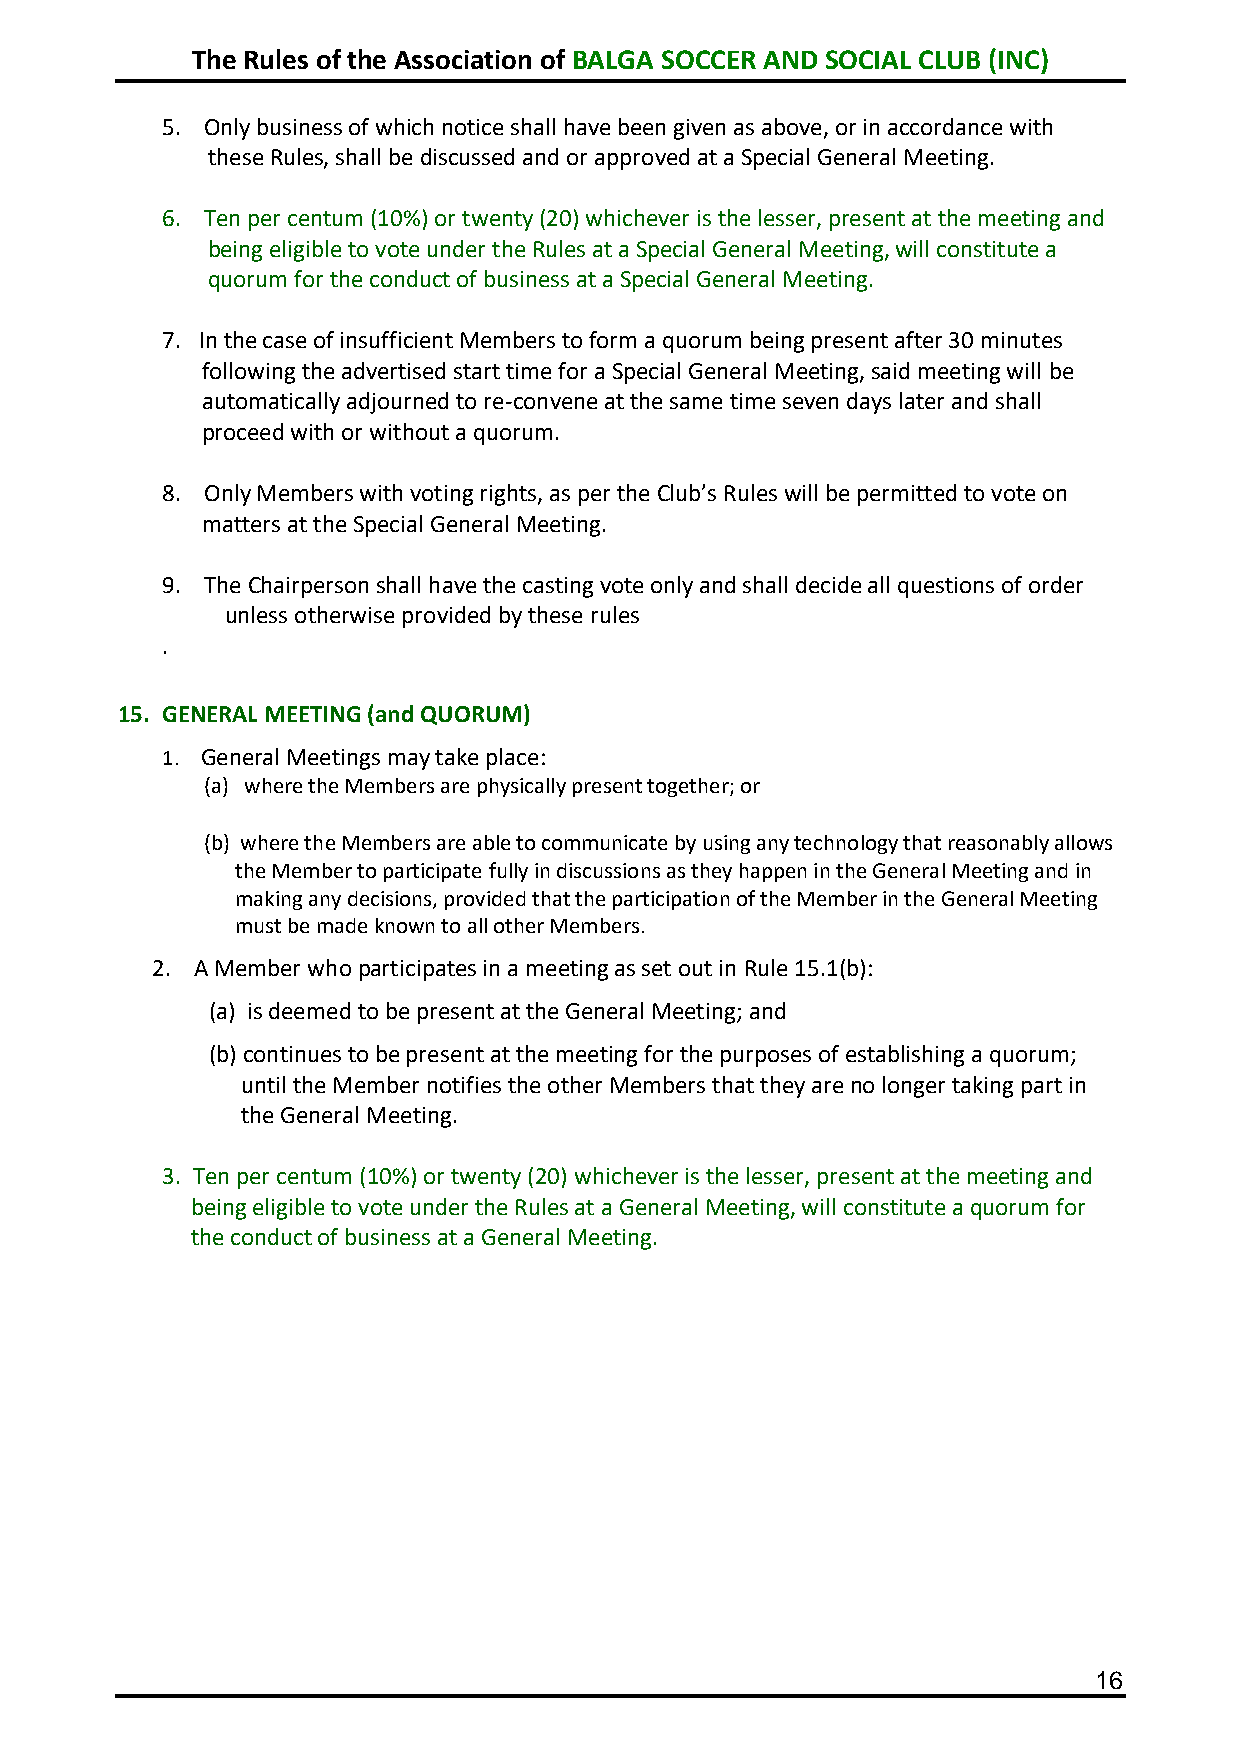
The Rules of the Association of BALGA SOCCER AND SOCIAL CLUB (INC)
 5. Only business of which notice shall have been given as above, or in accordance with
 these Rules, shall be discussed and or approved at a Special General Meeting.
 6. Ten per centum (10%) or twenty (20) whichever is the lesser, present at the meeting and
 being eligible to vote under the Rules at a Special General Meeting, will constitute a
 quorum for the conduct of business at a Special General Meeting.
 7. In the case of insufficient Members to form a quorum being present after 30 minutes
 following the advertised start time for a Special General Meeting, said meeting will be
 automatically adjourned to re-convene at the same time seven days later and shall
 proceed with or without a quorum.
 8. Only Members with voting rights, as per the Club’s Rules will be permitted to vote on
 matters at the Special General Meeting.
 9. The Chairperson shall have the casting vote only and shall decide all questions of order
 unless otherwise provided by these rules
 .
 15. GENERAL MEETING (and QUORUM)
 1. General Meetings may take place:
 (a) where the Members are physically present together; or
 (b) where the Members are able to communicate by using any technology that reasonably allows
 the Member to participate fully in discussions as they happen in the General Meeting and in
 making any decisions, provided that the participation of the Member in the General Meeting
 must be made known to all other Members.
 2. A Member who participates in a meeting as set out in Rule 15.1(b):
 (a) is deemed to be present at the General Meeting; and
 (b) continues to be present at the meeting for the purposes of establishing a quorum;
 until the Member notifies the other Members that they are no longer taking part in
 the General Meeting.
 3. Ten per centum (10%) or twenty (20) whichever is the lesser, present at the meeting and
 being eligible to vote under the Rules at a General Meeting, will constitute a quorum for
 the conduct of business at a General Meeting.
 16